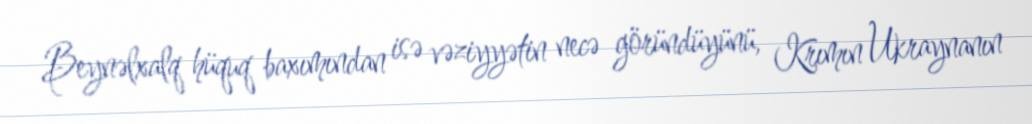
Beynəlxalq hüquq baxımından isə vəziyyətin necə göründüyünü, Krımın Ukraynanın